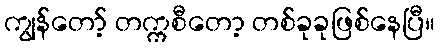
ကျွန်တော့် တက္ကစီတော့ တစ်ခုခုဖြစ်နေပြီ။